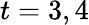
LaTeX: t=3,4